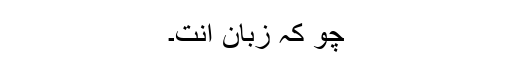
چو کہ زبان اِنت۔